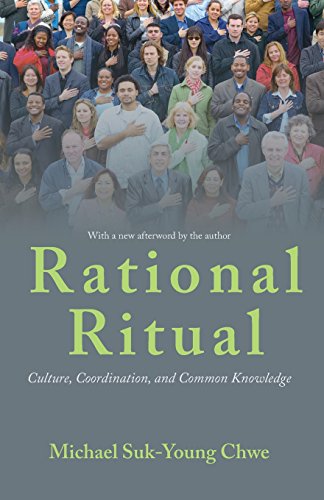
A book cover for Rational Ritual: Culture, Coordination, and Common Knowledge; Michael Suk-Young Chwe; Science & Math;